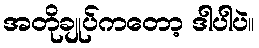
အတိုချုပ်ကတော့ ဒါပါပဲ။